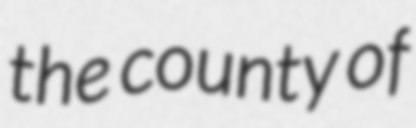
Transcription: the county of